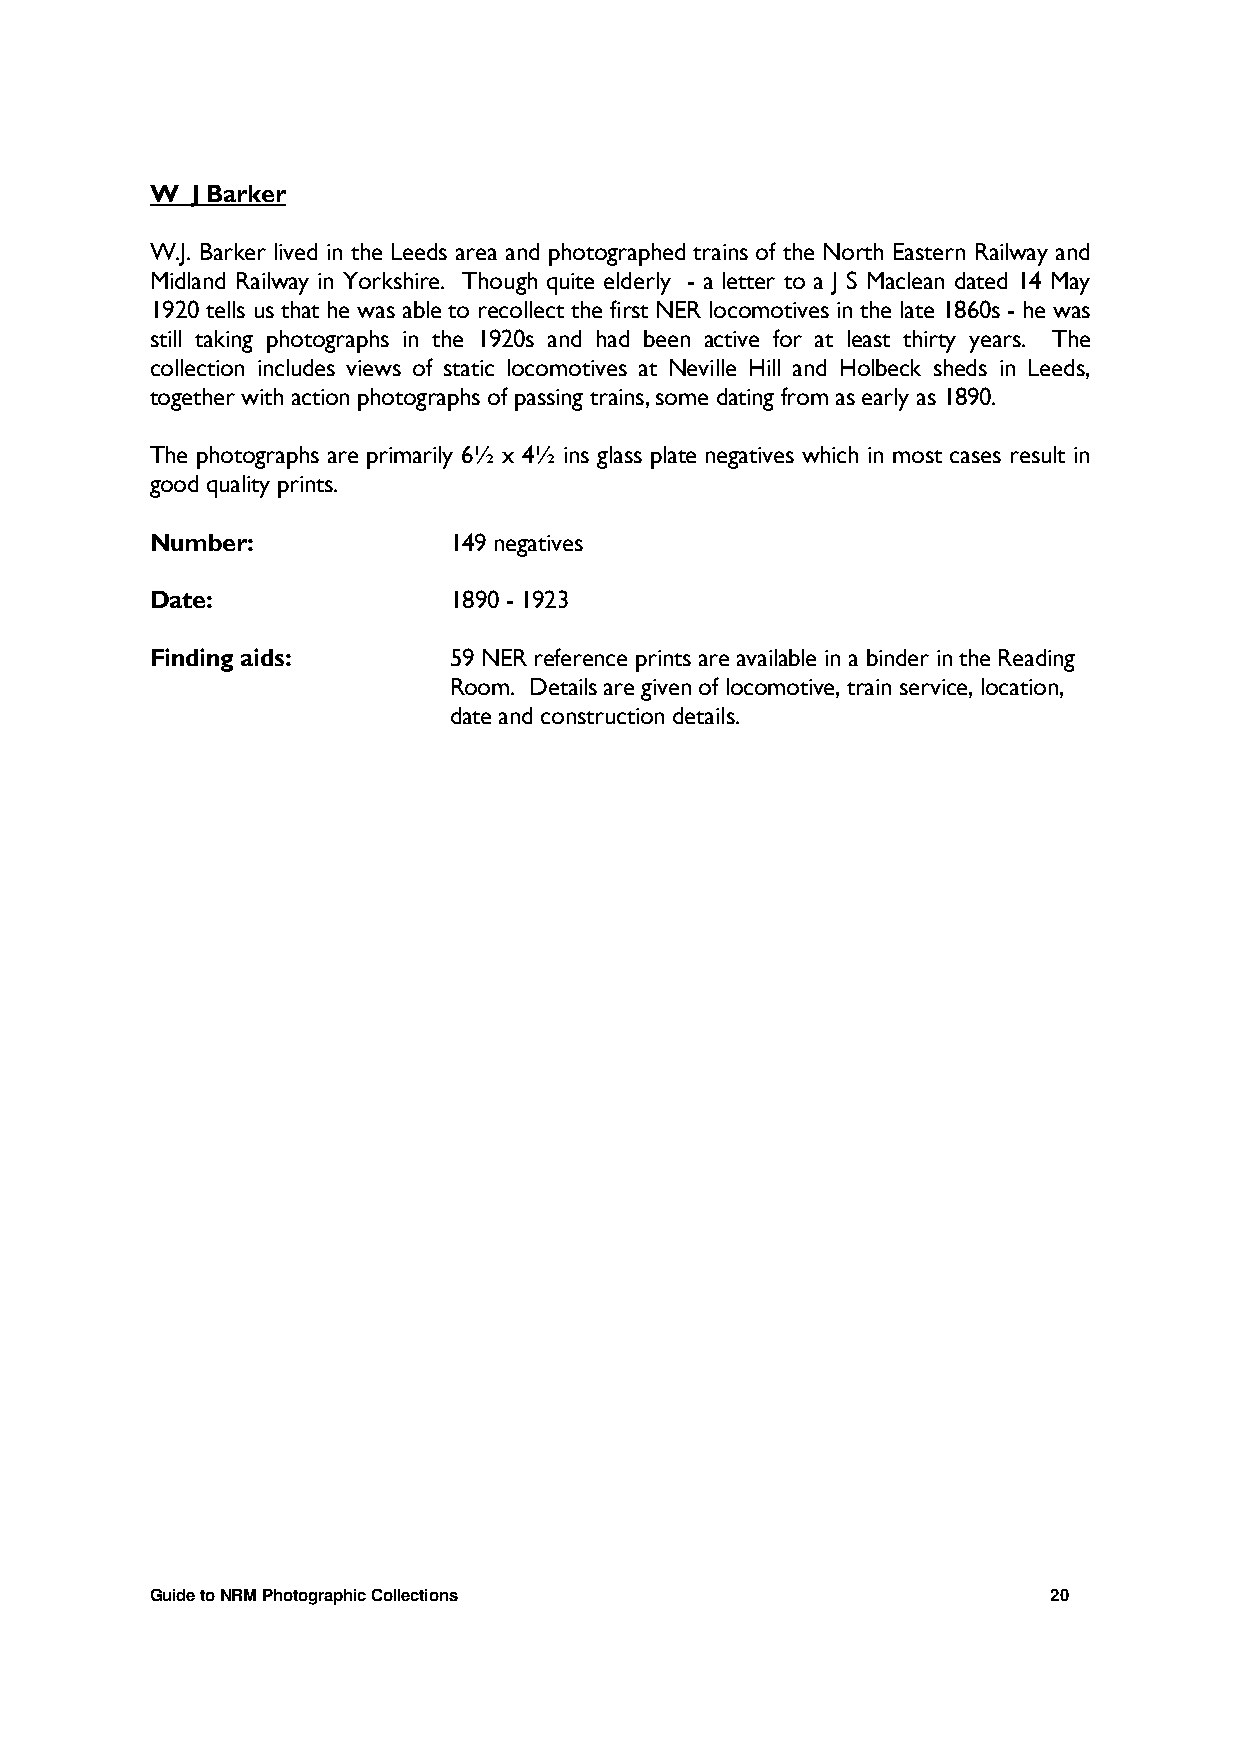
W  J Barker
 W.J. Barker lived in the Leeds area and photographed trains of the North Eastern Railway and
 Midland Railway in Yorkshire. Though quite elderly - a letter to a J S Maclean dated 14 May
 1920 tells us that he was able to recollect the first NER locomotives in the late 1860s - he was
 still taking photographs in the 1920s and had been active for at least thirty years. The
 collection includes views of static locomotives at Neville Hill and Holbeck sheds in Leeds,
 together with action photographs of passing trains, some dating from as early as 1890.
 The photographs are primarily 6½ x 4½ ins glass plate negatives which in most cases result in
 good quality prints.
 Number:             149 negatives
 Date:               1890 - 1923
 Finding aids:       59 NER reference prints are available in a binder in the Reading
 Room. Details are given of locomotive, train service, location,
 date and construction details.
 Guide to NRM Photographic Collections                       20